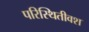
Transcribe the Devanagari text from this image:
परिस्थितीवश